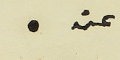
عنه  .